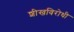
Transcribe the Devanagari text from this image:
शीखविरोधी